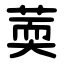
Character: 䓴